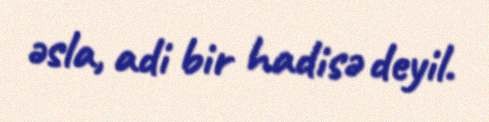
əsla, adi bir hadisə deyil.